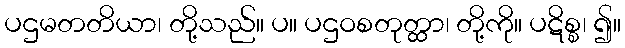
ပဌမတတိယာ၊ တို့သည်။ ပ။ ပဌဝစတုတ္ထာ၊ တို့ကို။ ပဋိစ္စ၊ ၍။